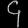
Digit: ၄